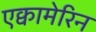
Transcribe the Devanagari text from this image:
एक्वामेरिन